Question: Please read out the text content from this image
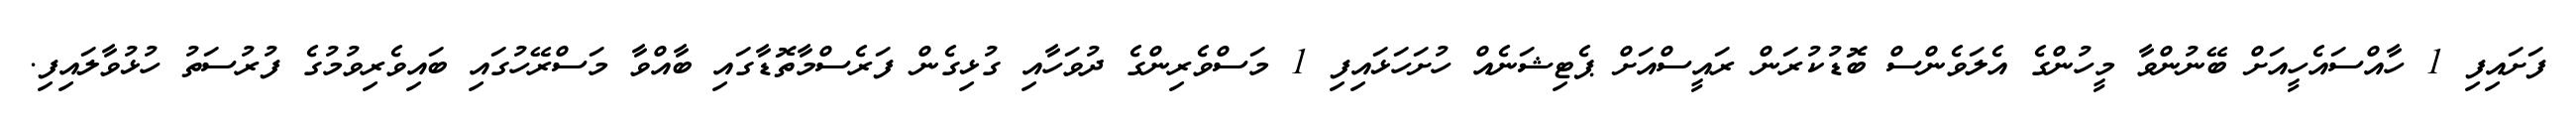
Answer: ފަށައިފި 1 ހާއްސައެހީއަށް ބޭނުންވާ މީހުންގެ އެލަވެންސް ބޮޑުކުރަން ރައީސްއަށް ޕެޓިޝަނެއް ހުށަހަޅައިފި 1 މަސްވެރިންގެ ދުވަހާއި ގުޅިގެން ފަރެސްމާތޮޑާގައި ބާއްވާ މަސްރޭހުގައި ބައިވެރިވުމުގެ ފުރުސަތު ހުޅުވާލައިފި.